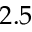
2 . 5